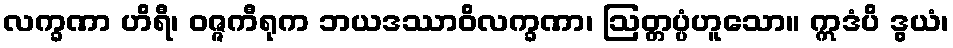
လက္ခဏာ ဟိရီ၊ ဝဇ္ဇကီရုက ဘယဒဿာဝိလက္ခဏာ၊ ဩတ္တပ္ပံဟူသော။ ဣဒံပိ ဒွယံ၊